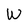
Character: W